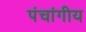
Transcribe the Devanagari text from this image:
पंचांगीय